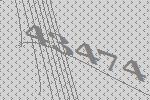
43474